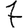
Digit: 7